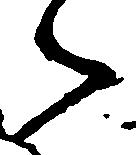
々